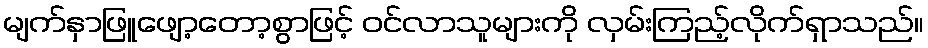
မျက်နှာဖြူဖျော့တော့စွာဖြင့် ဝင်လာသူများကို လှမ်းကြည့်လိုက်ရှာသည်။